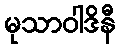
မုသာဝါဒိနီ